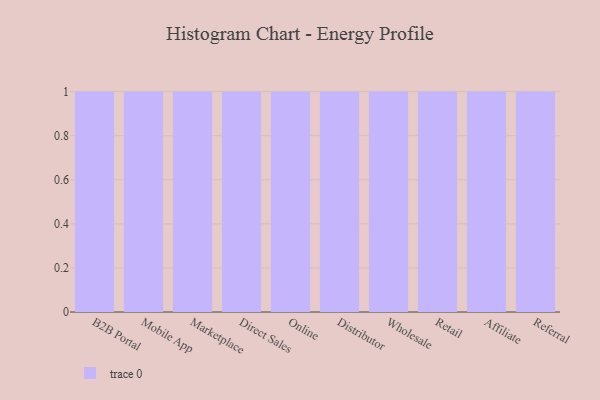
{"axis": {"x": "Channel", "y": "Population (Million)"}, "legend": [""], "data": [{"x": "B2B Portal", "y": 22, "type": ""}, {"x": "Mobile App", "y": 86, "type": ""}, {"x": "Marketplace", "y": 61, "type": ""}, {"x": "Direct Sales", "y": 47, "type": ""}, {"x": "Online", "y": 39, "type": ""}, {"x": "Distributor", "y": 26, "type": ""}, {"x": "Wholesale", "y": 25, "type": ""}, {"x": "Retail", "y": 45, "type": ""}, {"x": "Affiliate", "y": 60, "type": ""}, {"x": "Referral", "y": 19, "type": ""}]}